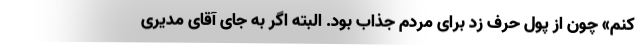
کنم» چون از پول حرف زد برای مردم جذاب بود. البته اگر به جای آقای مدیری